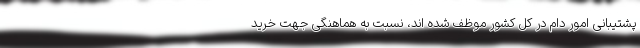
پشتیبانی امور دام در کل کشور موظف شده اند، نسبت به هماهنگی جهت خرید